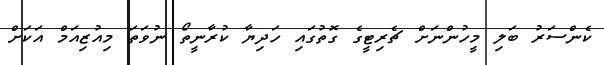
ކެންސަރު ބަލި މީހުންނަށް ޗެރިޓީގެ ގޮތުގައި ހަދިޔާ ކުރާނީތޯ ނުވަތަ މިއުޒިއަމް އަކަށް